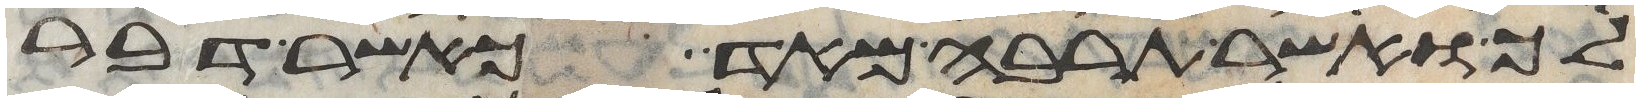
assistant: לך ואשר תרבה מאד כאשר דבר